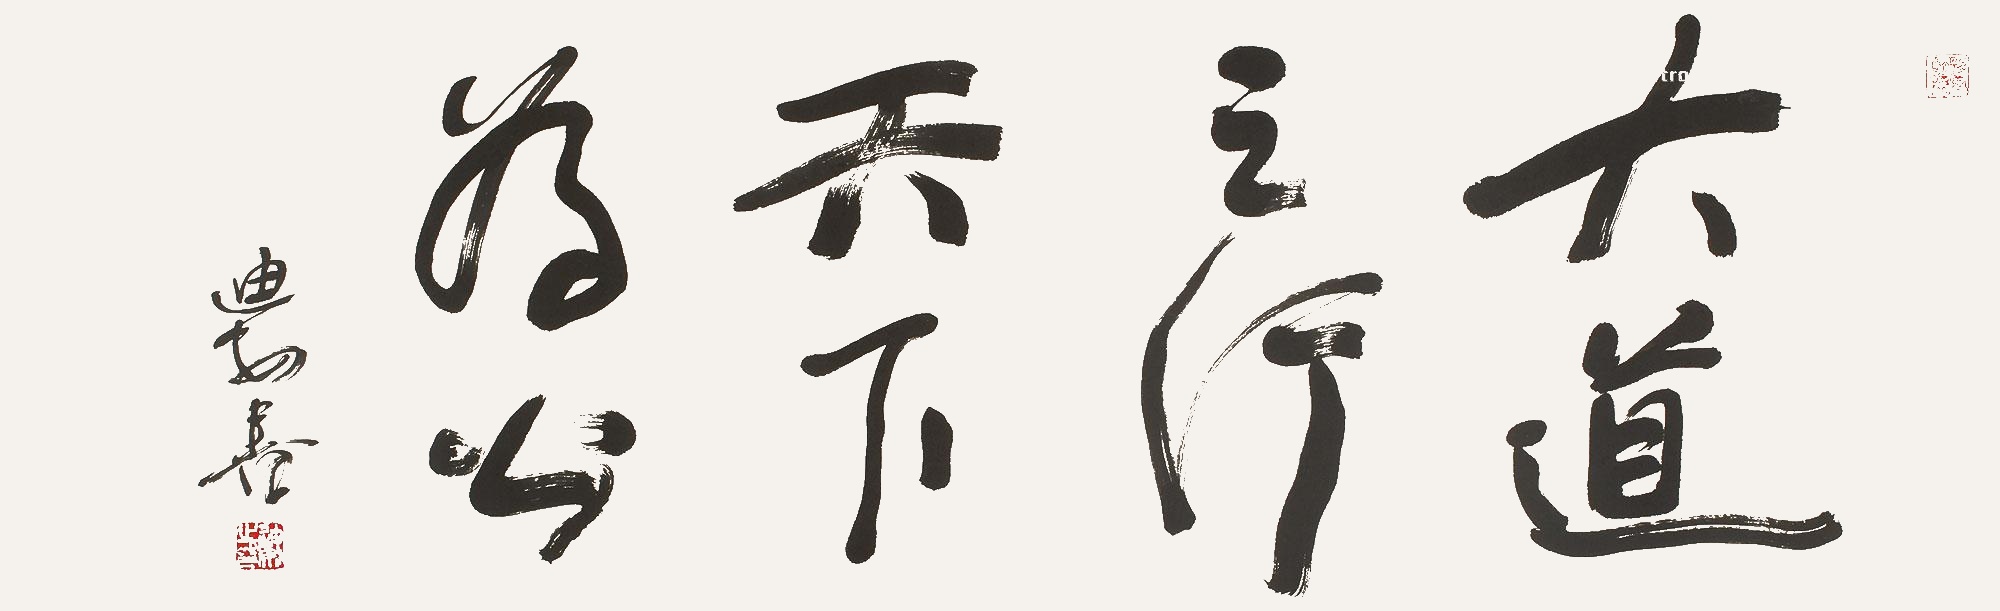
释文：大道之行天下为公。迪安。